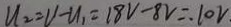
U _ { 2 } = V - u _ { 1 } = 1 8 V - 8 v = . 1 0 V